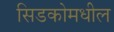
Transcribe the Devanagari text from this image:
सिडकोमधील